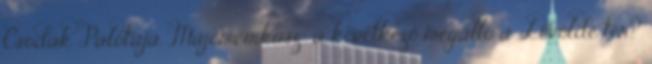
Csodák Palotája, „Majomcirkusz”, a következő megálló a Lövölde tér?